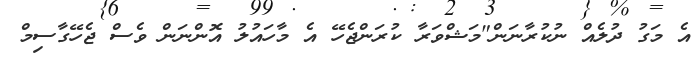
އެ މަގު ދުލެއް ނުކުރާނަން"މަޝްވަރާ ކުރަންޖެހޭ އެ މާހައުލު އޮންނަން ވެސް ޖެހޭގާސިމް